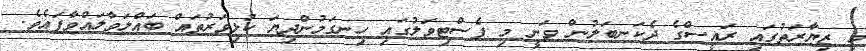
މި ޒިޔާރަތުގައި ރައީސްގެ ދެކަނބަލުން ވަނީ މި ފެސްޓިވަލުގައި ހިނގަމުންދިޔަ ކުޅިވަރުތައް ބައްލަވާލައްވާފައެވެ.